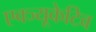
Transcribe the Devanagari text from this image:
एक्ज्यूकेटिव